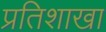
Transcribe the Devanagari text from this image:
प्रतिशाखा